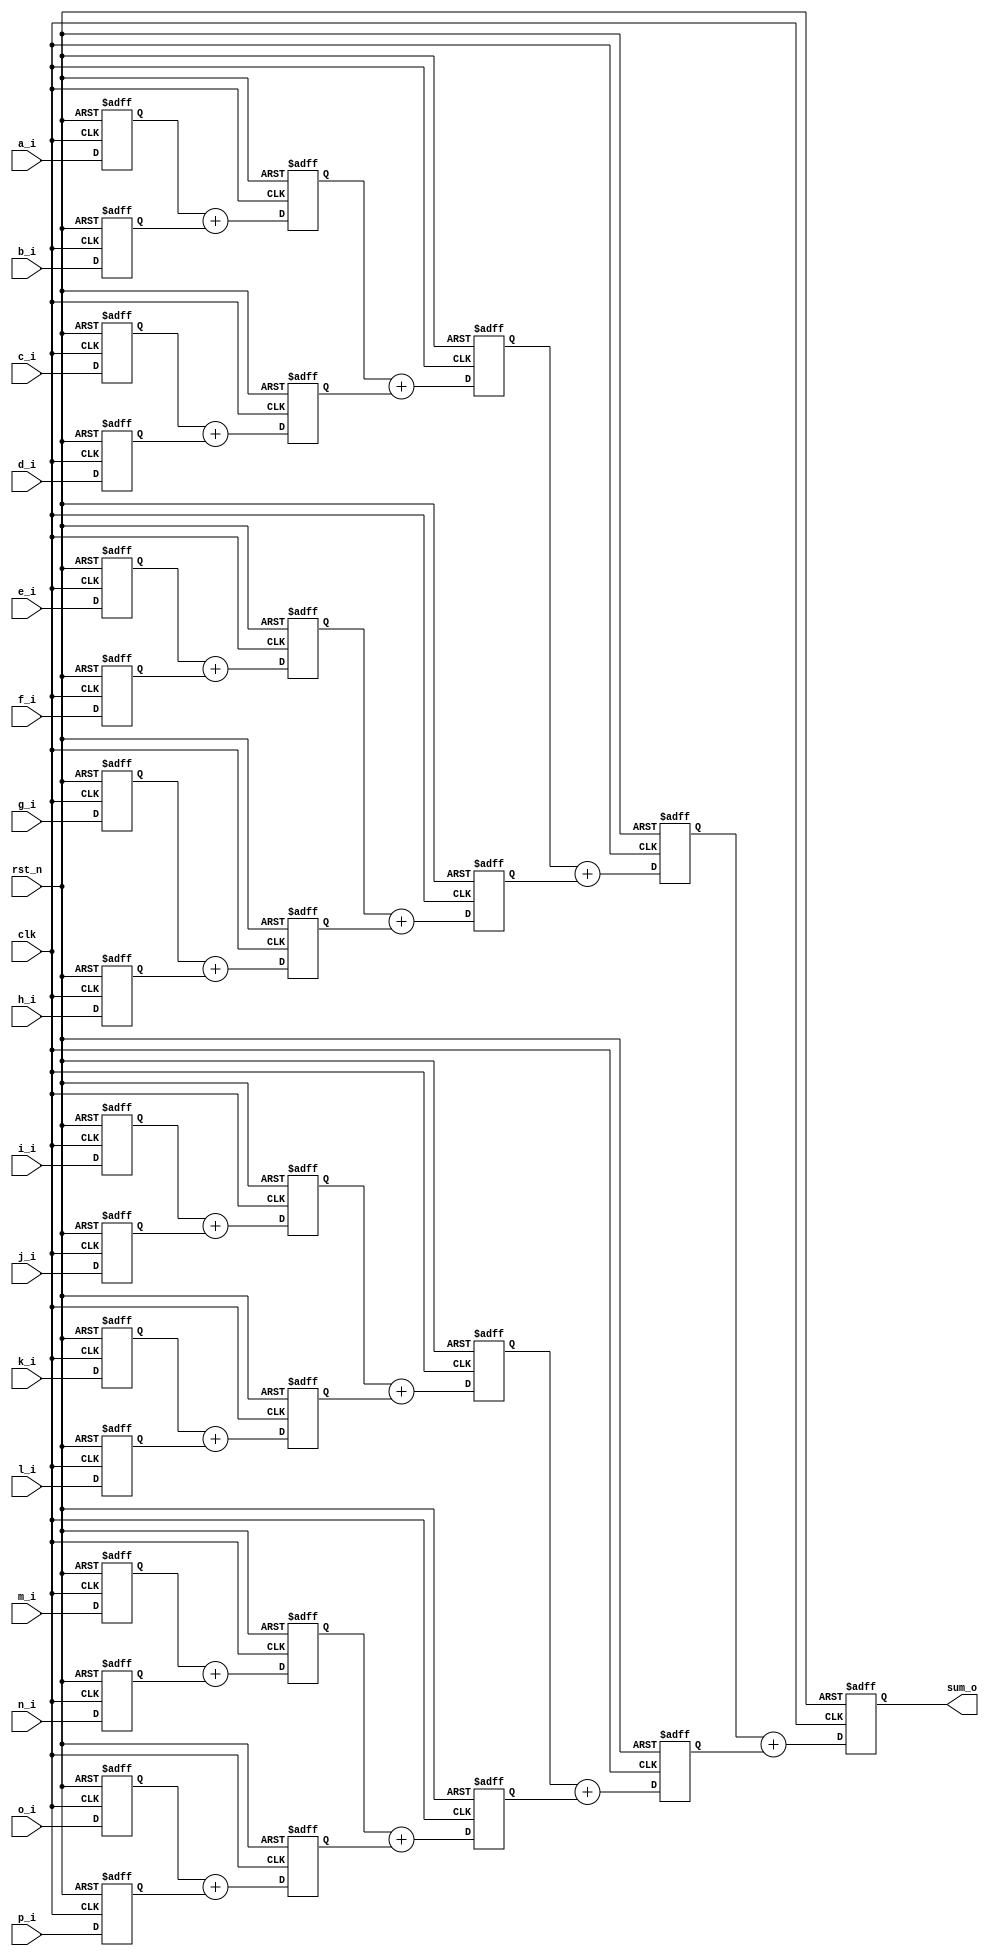
`timescale 1ns / 1ps
//////////////////////////////////////////////////////////////////////////////////
// Company: 
// Engineer: 
// 
// Design Name: 
// Module Name: adder_pipe
// Project Name: 
// Target Devices: 
// Tool Versions: 
// Description: 
// 
// Dependencies: 
// 
// Revision:
// Revision 0.01 - File Created
// Additional Comments:
// 
//////////////////////////////////////////////////////////////////////////////////


module adder_pipe(
input clk,
input rst_n,
input[3:0]a_i,
input[3:0]b_i,
input[3:0]c_i,
input[3:0]d_i,
input[3:0]e_i,
input[3:0]f_i,
input[3:0]g_i,
input[3:0]h_i,
input[3:0]i_i,
input[3:0]j_i,
input[3:0]k_i,
input[3:0]l_i,
input[3:0]m_i,
input[3:0]n_i,
input[3:0]o_i,
input[3:0]p_i,
output[7:0]sum_o
    );
//pipeline
reg [3:0] a,b,c,d,e,f,g,h,i,j,k,l,m,n,o,p;
reg [4:0] ab,cd,ef,gh,ij,kl,mn,op;
reg [5:0] abcd,efgh,ijkl,mnop;
reg [6:0] abcdefgh,ijklmnop;
reg [7:0] sum;

always @(posedge clk, negedge rst_n) begin
    if (rst_n == 1'b0) begin
        a       <= 0;
        b       <= 0;
        c       <= 0;
        d       <= 0;
        e       <= 0;
        f       <= 0;
        g       <= 0;
        h       <= 0;
        i       <= 0;
        j       <= 0;
        k       <= 0;
        l       <= 0;
        m       <= 0;
        n       <= 0;
        o       <= 0;
        p       <= 0;
        
        ab       <= 0;
        cd       <= 0;
        ef       <= 0;
        gh       <= 0;
        ij       <= 0;
        kl       <= 0;
        mn       <= 0;
        op       <= 0;
        
        abcd       <= 0;
        efgh       <= 0;
        ijkl       <= 0;
        mnop       <= 0;
        
        abcdefgh       <= 0;
        ijklmnop       <= 0;
        
        sum       <= 0;
       
    end
    else begin
        a       <= a_i;
        b       <= b_i;
        c       <= c_i;
        d       <= d_i;
        e       <= e_i;
        f       <= f_i;
        g       <= g_i;
        h       <= h_i;
        i       <= i_i;
        j       <= j_i;
        k       <= k_i;
        l       <= l_i;
        m       <= m_i;
        n       <= n_i;
        o       <= o_i;
        p       <= p_i;
        
        ab       <= a+b;
        cd       <= c+d;
        ef       <= e+f;
        gh       <= g+h;
        ij       <= i+j;
        kl       <= k+l;
        mn       <= m+n;
        op       <= o+p;
        
        abcd       <= ab+cd;
        efgh       <= ef+gh;
        ijkl       <= ij+kl;
        mnop       <= mn+op;
        
        abcdefgh       <= abcd+efgh;
        ijklmnop       <= ijkl+mnop;
        
        sum       <=abcdefgh+ijklmnop ;
    end
end

assign sum_o = sum;

endmodule